Lock hospitals Punjab
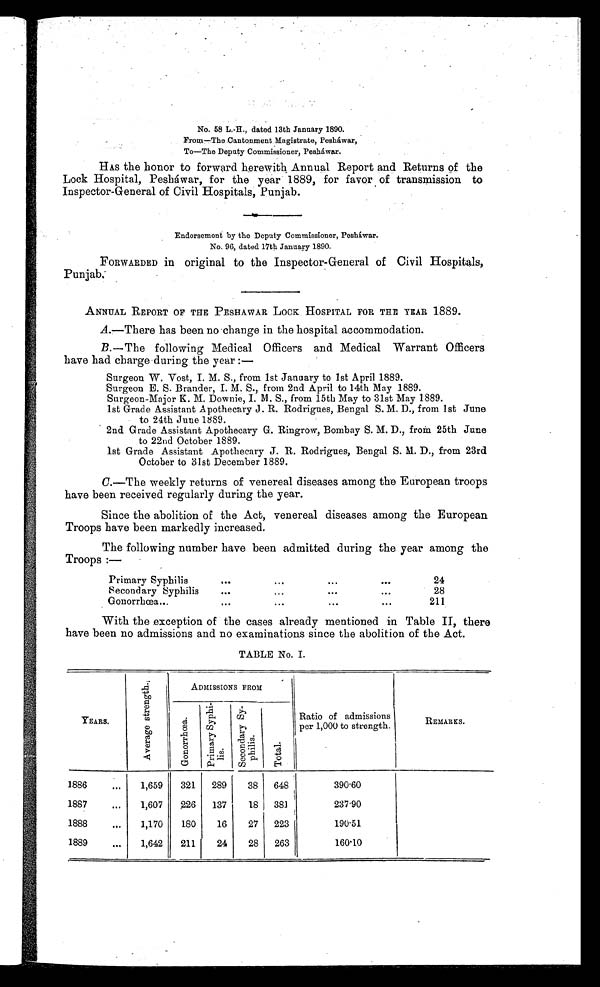
No. 58 L.H., dated 13th January 1890.
From—The Cantonment Magistrate, Pesháwar,
To—The Deputy Commissioner, Peshawar.
HAS the honor to forward herewith Annual Report and Returns of the
Lock Hospital, Peshάwar, for the year 1889, for favor of transmission to
Inspector-General of Civil Hospitals, Punjab.
Endorsement by the Deputy Commissioner, Peshά w a r .
No. 96. dated 17th Januar y 1890.
FORWARDED in original to the Inspector-General of Civil Hospitals,
Punjab.
ANNUAL REPORT OF THE PESHAWAR LOCK HOSPITAL FOR THE YEAR 1889.
A.—There has been no change in the hospital accommodation.
B.—The following Medical Officers and Medical Warrant Officers
have had charge during the year :-
Surgeon W. Vost, I. M. S., from 1st January to 1st April 1889.
Surgeon E. S. Brander, I. M. S., from 2nd April to 14th May 1889.
Surgeon-Major K. M. Downie, I. M. S., from 15th May to 31st May 1889.
1st Grade Assistant Apothecary J. R. Rodrigues, Bengal S. M. D., from 1st June
to 24th June 1889.
2nd Grade Assistant Apothecary G. Ringrow, Bombay S. M. D., from 25th June
to 22nd October 1889.
1st Grade Assistant Apothecary J. R. Rodrigues, Bengal S. M. D., from 23rd
October to 31st December 1889.
C.—The weekly returns of venereal diseases among the European troops
have been received regularly during the year.
Since the abolition of the Act, venereal diseases among the European
Troops have been markedly increased.
The following number have been admitted during the year among the
Troops :—
Primary Syphilis
. . .
. . .
. . .
. . .
24
Secondary Syphilis
. . .
. . .
. . .
. . .
28
G onorrhœa...
...
...
. . .
. . .
211
With the exception of the cases already mentioned in Table II, there
have been no admissions and no examinations since the abolition of the Act.
TABLE No. I.
YEARS.
A v e r a g e a t r e n g t h . ,
A D M I S S I O N S F R O M
Ratio of admissions
per 1,000 to strength.
REMARKS.
G o n o r r h œ a . .
P r i ma r y S y p h i l i s .
S e c o n d a r y s y p h i l i s .
T o t a l .
1886
...
1,659
321
289
38
648 390.60
1887
. . .
1,607
226
137
18
381
237.90
1888
. . .
1,170
180
16
27
223
190.51
1889
. . .
1,642
211
24
28
263
160.10